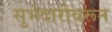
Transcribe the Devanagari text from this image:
सुभेदारीवरून